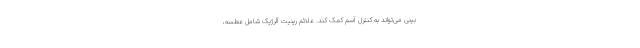
بینی می‌تواند به کنترل آسم کمک کند. علائم رینیت آلرژیک شامل عطسه،